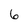
Character: 6